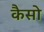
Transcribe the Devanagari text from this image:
कैसो